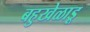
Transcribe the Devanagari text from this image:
बहुखेळाडू